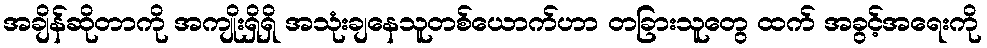
အချိန်ဆိုတာကို အကျိုးရှိရှိ အသုံးချနေသူတစ်ယောက်ဟာ တခြားသူတွေ ထက် အခွင့်အရေးကို